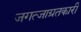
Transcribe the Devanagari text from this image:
जगत्जाग्रतकारी